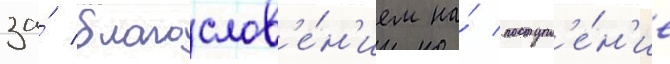
за́ благослов'е́н'ием на́ поступл'е́н'ие